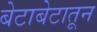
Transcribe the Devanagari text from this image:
बेटाबेटातून